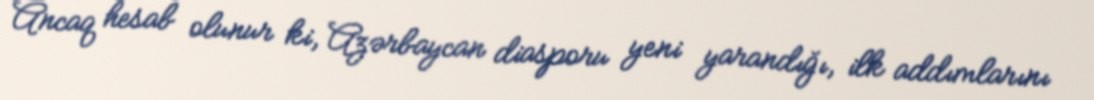
Ancaq hesab olunur ki, Azərbaycan diasporu yeni yarandığı, ilk addımlarını